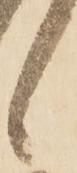
候